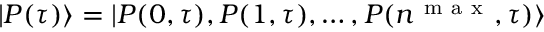
| P ( \tau ) \rangle = | P ( 0 , \tau ) , P ( 1 , \tau ) , \ldots , P ( n ^ { \mathrm { ~ m ~ a ~ x ~ } } , \tau ) \rangle